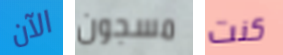
الآن مسجون كنت